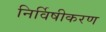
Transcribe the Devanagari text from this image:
निर्विषीकरण